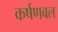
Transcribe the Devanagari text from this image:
कर्षणबल